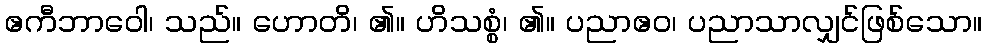
ဧကီဘာဝေါ၊ သည်။ ဟောတိ၊ ၏။ ဟိသစ္စံ၊ ၏။ ပညာဧဝ၊ ပညာသာလျှင်ဖြစ်သော။